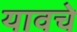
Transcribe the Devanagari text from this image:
यावचे